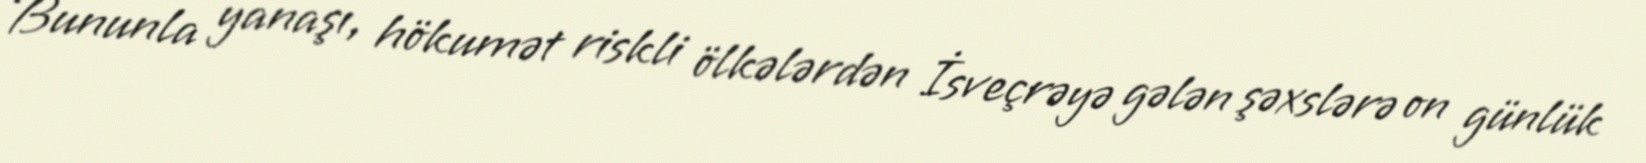
Bununla yanaşı, hökumət riskli ölkələrdən İsveçrəyə gələn şəxslərə on günlük